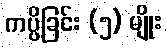
ကပ္ပိခြင်း (၅) မျိုး